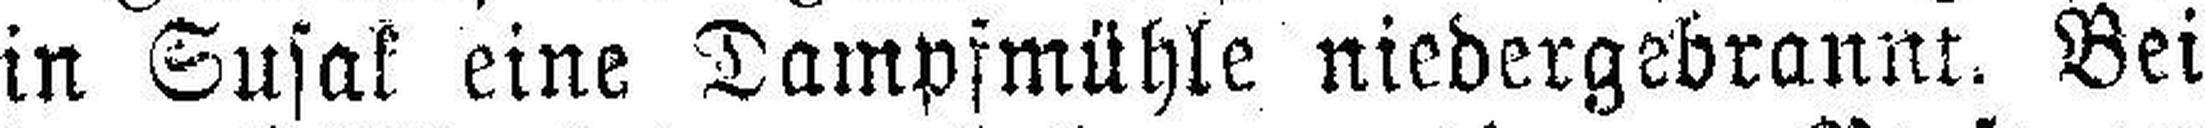
in Susak eine Dampfmühle niedergebrannt. Bei